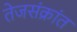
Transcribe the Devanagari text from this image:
तेजसंक्रांत